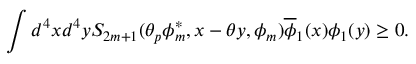
\int d ^ { 4 } x d ^ { 4 } y S _ { 2 m + 1 } ( \theta _ { p } \phi _ { m } ^ { \ast } , x - \theta y , \phi _ { m } ) \overline { { { \phi } } } _ { 1 } ( x ) \phi _ { 1 } ( y ) \geq 0 .